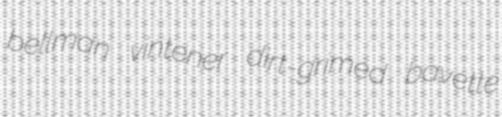
bellman vintener dirt-grimed bavette